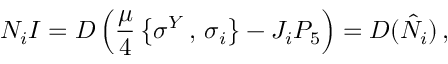
{ \cal N } _ { i } I = { \cal D } \left( \frac { \mu } { 4 } \left\{ \sigma ^ { Y } \, , \, \sigma _ { i } \right\} - J _ { i } P _ { 5 } \right) = { \cal D } ( \hat { N } _ { i } ) \, ,